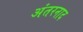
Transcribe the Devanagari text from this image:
अंतरनाद